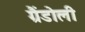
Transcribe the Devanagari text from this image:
ग्रैंडोली